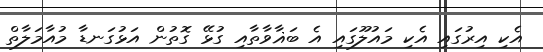
އެކި އިރުގައި އެކި މައުލޫގައި އެ ބަޣާވާތާއި ގުޅޭ ގޮތުން އަޅުގަނޑާ މުއާމަލާތް